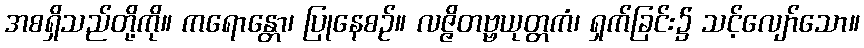
အစရှိသည်တို့ကို။ ကရောန္တော၊ ပြုနေစဉ်။ လဇ္ဇိတဗ္ဗယုတ္တကံ၊ ရှက်ခြင်း၌ သင့်လျော်သော။